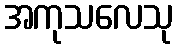
အကုသလေသု